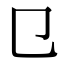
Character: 㔾